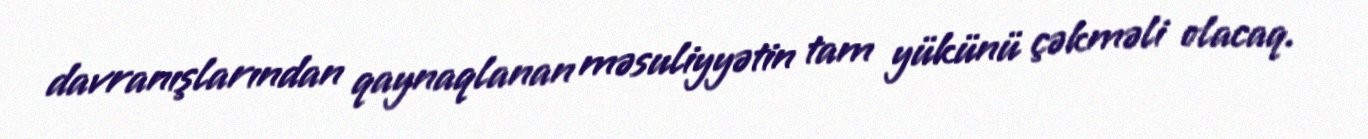
davranışlarından qaynaqlanan məsuliyyətin tam yükünü çəkməli olacaq.